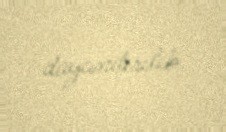
dayandırılıb.